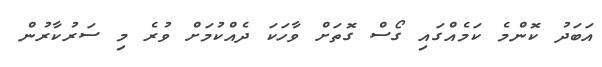
އަބަދު ކޮންމެ ކަމެއްގައި ގޯސް ގޮތަށް ވާހަކަ ދެއްކުމަށް ވުރެ މި ސަރުކާރުން